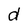
Character: d